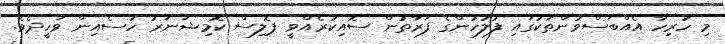
މި ހުރިހާ އެއްބަސްވުންތަކުގައި ފުލުހުންގެ ފަރާތުން ސޮއިކުރެއްވީ ޕޮލިސް ކޮމިޝަނަރު ހުސެއިން ވަހީދެވެ.